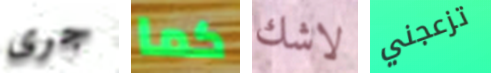
جرى كما لاشك تزعجني